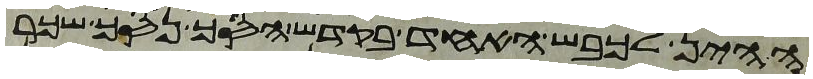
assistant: ההין לכבש האחד בקדש הסך נסך שכר